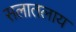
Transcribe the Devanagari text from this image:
सलातलाय